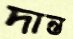
দান্ত